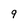
Character: 9